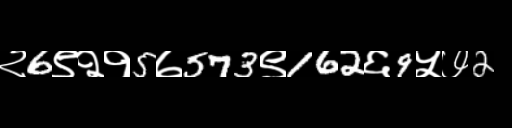
Text: २6९२१5७573९162६9५७2